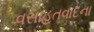
વસાહતવાદના